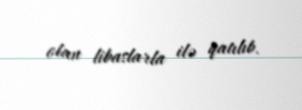
olan libaslarla ilə qatılıb.